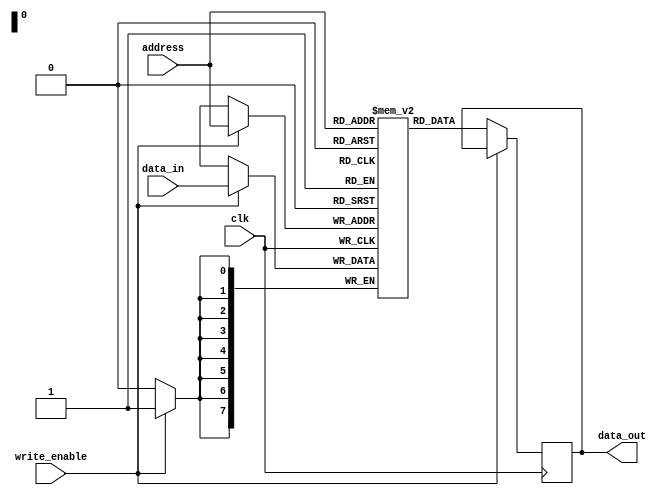
module Behavioral_RAM(
    input wire [7:0] address,
    input wire [7:0] data_in,
    input wire write_enable,
    input wire clk,
    output reg [7:0] data_out
);

reg [7:0] memory [255:0];

always @(posedge clk) begin
    if(write_enable) begin
        memory[address] <= data_in;
    end else begin
        data_out <= memory[address];
    end
end

endmodule